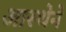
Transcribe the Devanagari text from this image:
आस्‍थेने